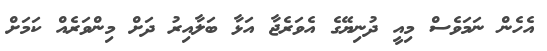
އެހެން ނަމަވެސް މިއީ ދުނިޔޭގެ އެވަރެޖާ އަޅާ ބަލާއިރު ދަށް މިންވަރެއް ކަމަށް